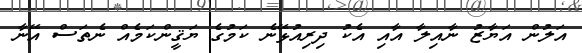
އަލުން އަޔާޒު ނާއިލާ އާއި އެކު ދިރިއުޅޭނެ ކަމުގެ ޔަޤީންކަމެއް ނެތަސް އޭނާ